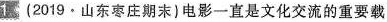
1 (2019·山东枣庄期末)电影一直是文化交流的重要载